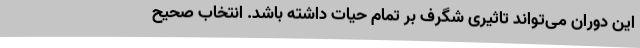
این دوران می‌تواند تاثیری شگرف بر تمام حیات داشته باشد. انتخاب صحیح